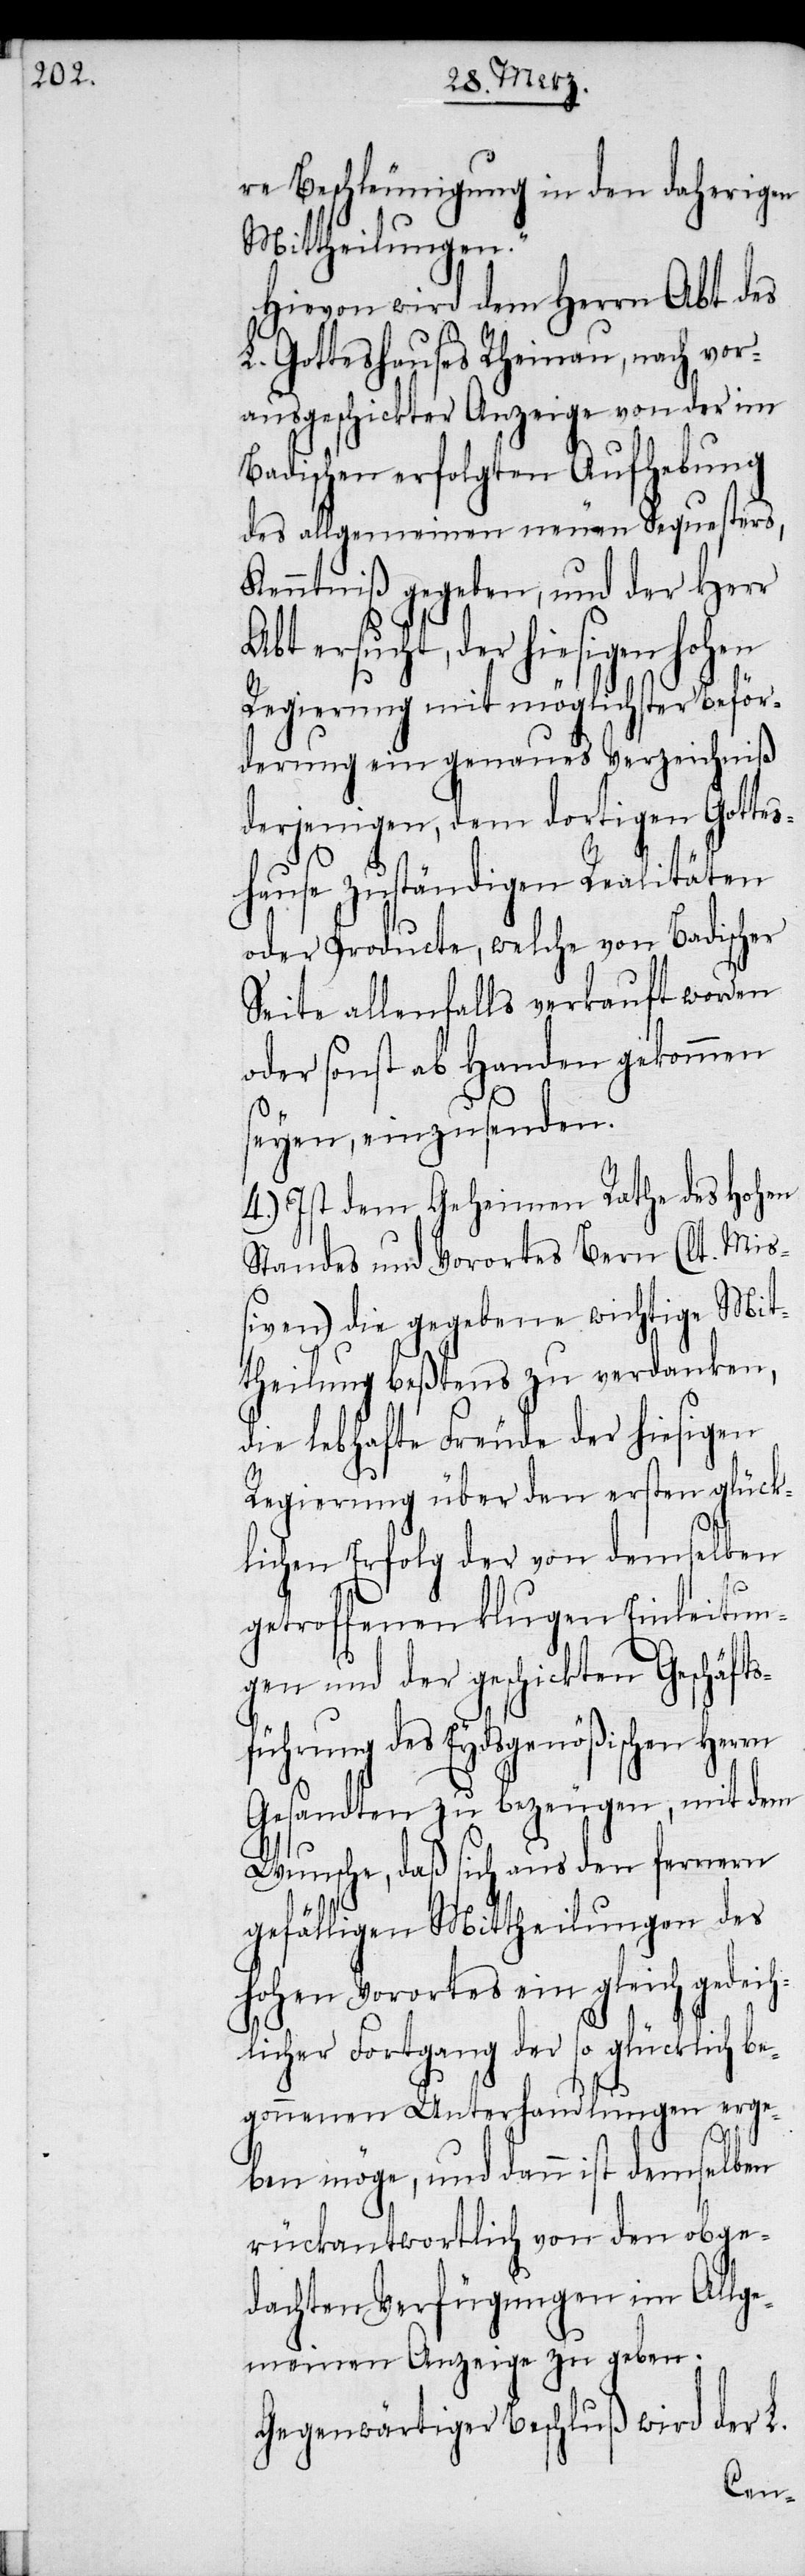
re Beschleunigung in den daherigen
Mittheilungen.“
Hievon wird dem Herrn Abt des
L. Gotteshauses Rheinau, nach v¬
orausgeschickter Anzeige von der
Badischen erfolgten Aufhebung
des allgemeinen neuen Sequesters,
Kenntniß gegeben, und der Herr
Abt ersucht, der hiesigen
Regierung mit möglichster Beför¬
derung ein genaues Verzeichniß
derjenigen, dem dortigen Gotte¬
shause zuständigen Realitäten
oder Producte, welche von Badischer
Seite allenfalls verkauft worden
oder sonst ab Handen gekommen
seyen, einzusenden.
4.) Ist dem Geheimen Rathe des Hohen
Standes und Vorortes Bern (lt. Mi¬
ßiven) die gegebene wichtige Mit¬
theilung beßtens zu verdanken,
die lebhafte Freude der hiesigen
Regierung über den ersten glück¬
lichen Erfolg der von demselben
getroffenen klugen Einleitun¬
gen und der geschickten Geschäfts¬
führung des Eydsgenößischen Herrn
Gesandten zu bezeugen, mit dem
Wunsche, daß sich aus den fernern
gefälligen Mittheilungen des
hohen Vorortes ein gleich gedeih¬
licher Fortgang der so glücklich
begonnenen Unterhandlungen erge¬
ben möge, und dann ist demselben
rückantwortlich von den obge¬
dachten Verfügungen im Allge¬
meinen Anzeige zu geben.
Gegenwärtiger Beschluß wird der L.